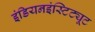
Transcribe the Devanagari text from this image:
इंडियनइंस्टिट्यूट